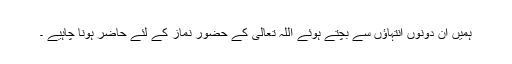
ہمیں ان دونوں انتہاؤں سے بچتے ہوئے اللہ تعالیٰ کے حضور نماز کے لئے حاضر ہونا چاہیے ۔